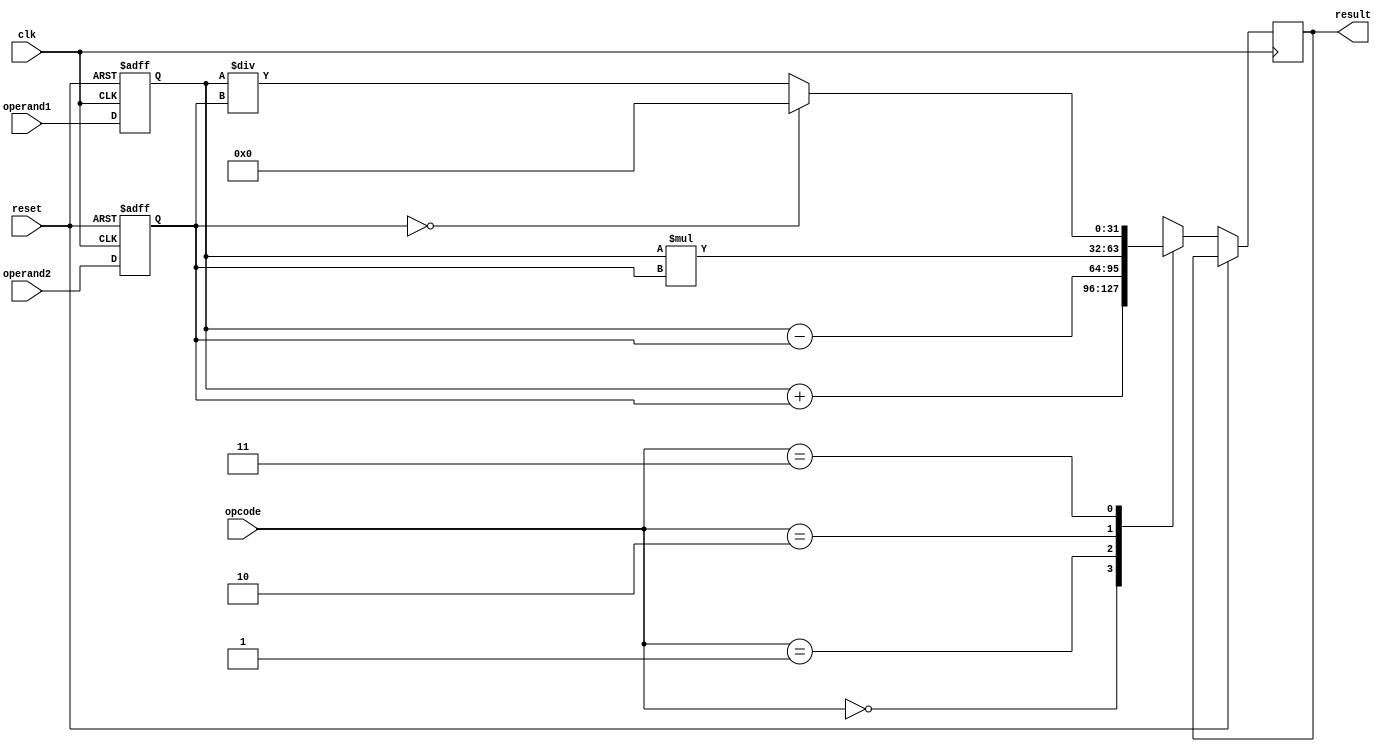
module FloatingPointALU(
    input wire clk,
    input wire reset,
    input wire [1:0] opcode,
    input wire [31:0] operand1,
    input wire [31:0] operand2,
    output reg [31:0] result
);

reg [31:0] operand1_reg;
reg [31:0] operand2_reg;

always @(posedge clk or posedge reset) begin
    if (reset) begin
        operand1_reg <= 32'b0;
        operand2_reg <= 32'b0;
    end else begin
        operand1_reg <= operand1;
        operand2_reg <= operand2;
        
        case(opcode)
            2'b00: result <= operand1_reg + operand2_reg; // addition operation
            2'b01: result <= operand1_reg - operand2_reg; // subtraction operation
            2'b10: result <= operand1_reg * operand2_reg; // multiplication operation
            2'b11: begin // division operation
                if (operand2_reg == 0) begin
                    result <= 32'b0; // set result to 0 for divide by zero
                end else begin
                    result <= operand1_reg / operand2_reg;
                end
            end
        endcase
    end
end

endmodule